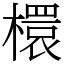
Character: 檈